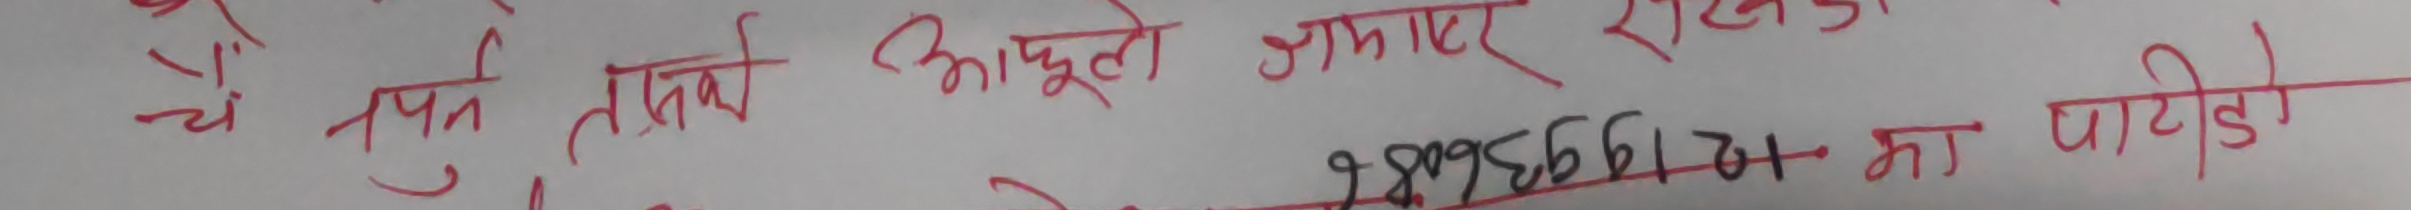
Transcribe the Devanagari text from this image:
चै तपन्ने तात्तिके आझूले जम्पर राजले २४०९३६६।२।  मा पाटी डो